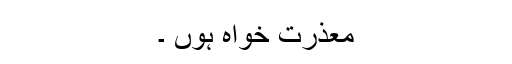
معذرت خواہ ہوں ۔